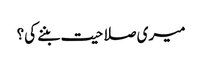
میری صلاحیت بننے کی؟